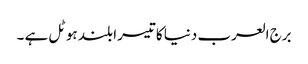
برج العرب دنیا کا تیسرا بلند ہوٹل ہے ۔